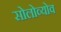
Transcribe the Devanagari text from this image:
सोलोव्योव